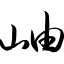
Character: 岫